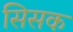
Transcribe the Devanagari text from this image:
सिसक